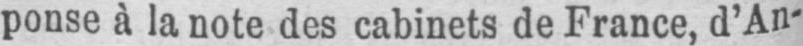
ponse à la note des cabinets de France, d’An-